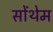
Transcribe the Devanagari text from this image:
सोंथेम